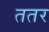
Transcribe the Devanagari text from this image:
ततर